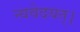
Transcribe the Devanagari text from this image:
न्यवेदयत्।